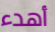
أهدء